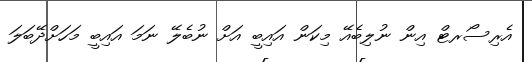
އެރިސޯރޓް އިން ނުލިބެއޭ މިކަން އައިބީ އަށް ނުބެލޭ ނަމަ އައިބީ މަހަށްދޭބަލަ